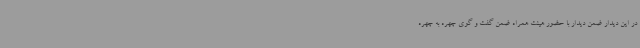
در این دیدار ضمن دیدار با حضور هیئت همراه ضمن گفت و گوی چهره به چهره